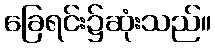
ခြေရင်း၌ဆုံးသည်။